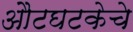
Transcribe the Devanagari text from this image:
औटघटकेचे